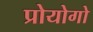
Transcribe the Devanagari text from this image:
प्रोयोगो